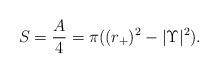
LaTeX: \begin{align*}S = {A \over 4} = \pi ((r_+)^2 - |\Upsilon|^2).\end{align*}